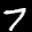
Label: 7